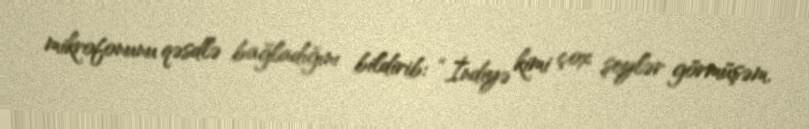
mikrofonunu qəsdlə bağladığını bildirib: “İndiyə kimi çox şeylər görmüşəm.